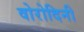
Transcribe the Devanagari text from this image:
वोरोदिनी